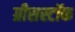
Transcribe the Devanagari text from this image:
ग्रीसस्टॉक